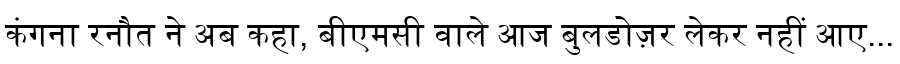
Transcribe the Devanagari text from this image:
कंगना रनौत ने अब कहा, बीएमसी वाले आज बुलडोज़र लेकर नहीं आए...